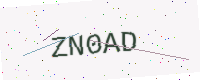
Text: ZN0AD